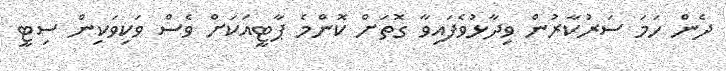
ދެން ހަމަ ސަރުކާރުން ވިދާޅުވެފައިވާ ގޮތަށް ކޮންމެ ޕާޓީއަކަށް ވެސް ވަކިވަކިން ސިޓީ